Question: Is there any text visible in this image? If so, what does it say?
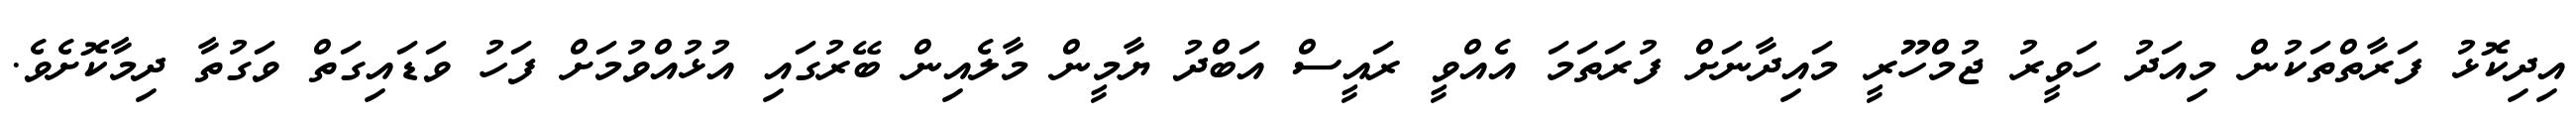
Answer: އިދިކޮޅު ފަރާތްތަކުން މިއަދު ހަވީރު ޖުމްހޫރީ މައިދާނަށް ފުރަތަމަ އެއްވީ ރައީސް އަބްދު ޔާމީން މާލެއިން ބޭރުގައި އުޅުއްވުމަށް ފަހު ވަޑައިގަތް ވަގުތާ ދިމާކޮށެވެ.